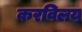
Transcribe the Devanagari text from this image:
करविलय